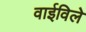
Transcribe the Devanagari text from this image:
वाईविले